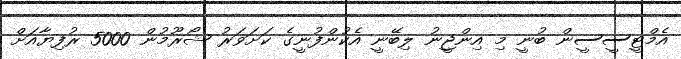
އެމްޓީސީސީން ބުނީ މި އިންޖީނު ލިބޭނީ އެކުންފުނީގެ ކަށަވަރު ޝޯރޫމުން 5000 ރުފިޔާއަށް